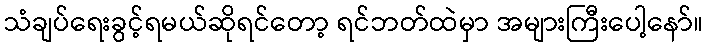
သံချပ်ရေးခွင့်ရမယ်ဆိုရင်တော့ ရင်ဘတ်ထဲမှာ အများကြီးပေါ့နော်။